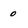
Character: 0